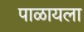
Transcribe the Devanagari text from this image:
पाळायला